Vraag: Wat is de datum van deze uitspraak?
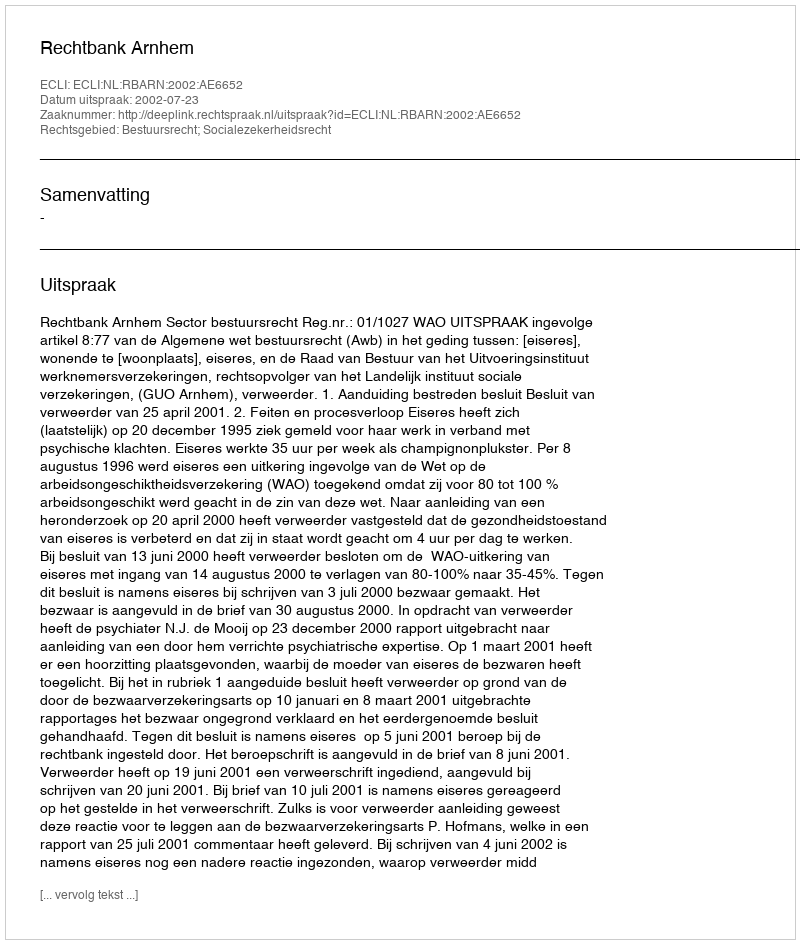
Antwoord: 2002-07-23